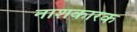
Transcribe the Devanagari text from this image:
नाशकारक